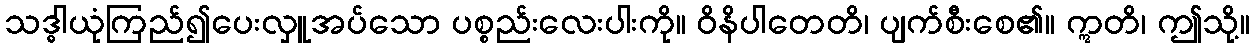
သဒ္ဓါယုံကြည်၍ပေးလှူအပ်သော ပစ္စည်းလေးပါးကို။ ဝိနိပါတေတိ၊ ပျက်စီးစေ၏။ ဣတိ၊ ဤသို့။